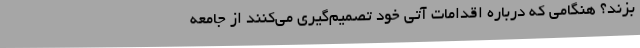
بزند؟ هنگامی که درباره اقدامات آتی خود تصمیم‌گیری می‌کنند از جامعه